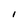
Character: I